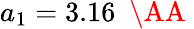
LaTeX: a_{1}=3.16~\mathrm{~\AA~}